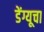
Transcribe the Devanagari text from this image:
डेंग्यूचा